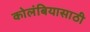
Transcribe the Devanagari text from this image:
कोलंबियासाठी